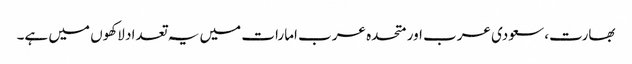
بھارت، سعودی عرب اور متحدہ عرب امارات میں یہ تعداد لاکھوں میں ہے۔